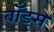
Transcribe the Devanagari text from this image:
बॉंड्स